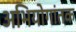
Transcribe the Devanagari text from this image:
अभियोगांतक